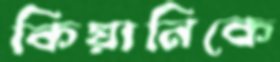
কিয়ানিকে